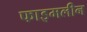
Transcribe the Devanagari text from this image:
फाइमलीन